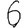
Digit: 6